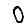
Digit: 0